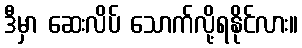
ဒီမှာ ဆေးလိပ် သောက်လို့ရနိုင်လား။